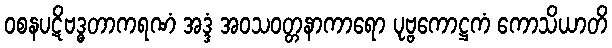
ဝစနပဋိဗဒ္ဓတာကရဏံ အဒ္ဒံ အဝသဝတ္တနာကာရော ပုဗ္ဗကောဋ္ဌကံ ကောသိယာတိ